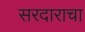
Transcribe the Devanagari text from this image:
सरदाराचा